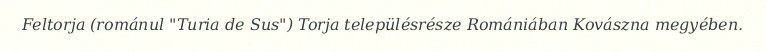
Feltorja (románul "Turia de Sus") Torja településrésze Romániában Kovászna megyében.